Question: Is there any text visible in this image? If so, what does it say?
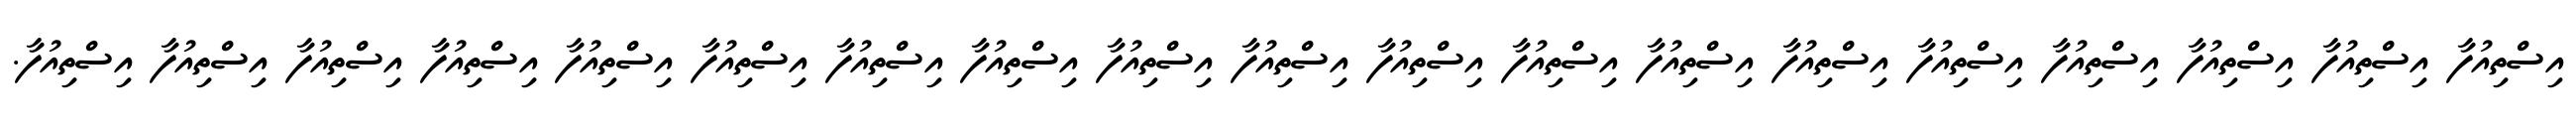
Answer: އިސްތިއުފާ އިސްތިއުފާ އިސްތިއުފާ އިސްތިއުފާ އިސްތިއުފާ އިސްތިއުފާ އިސްތިއުފާ އިސްތިއުފާ އިސްތިއުފާ އިސްތިއުފާ އިސްތިއުފާ އިސްތިއުފާ އިސްތިއުފާ އިސްތިއުފާ އިސްތިއުފާ އިސްތިއުފާ އިސްތިއުފާ އިސްތިއުފާ އިސްތިއުފާ.